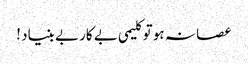
عصا نہ ہو تو کلیمی بے کار بے بنیاد !